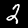
Digit: 2